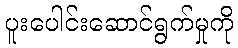
ပူးပေါင်းဆောင်ရွက်မှုကို